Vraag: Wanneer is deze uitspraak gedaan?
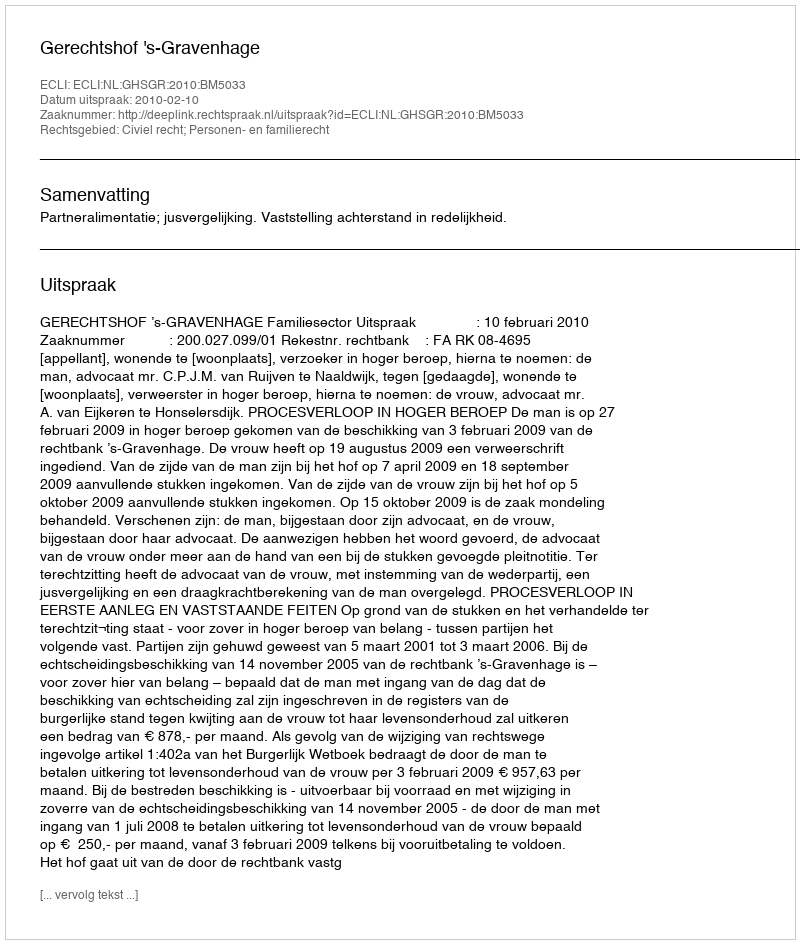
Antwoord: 2010-02-10